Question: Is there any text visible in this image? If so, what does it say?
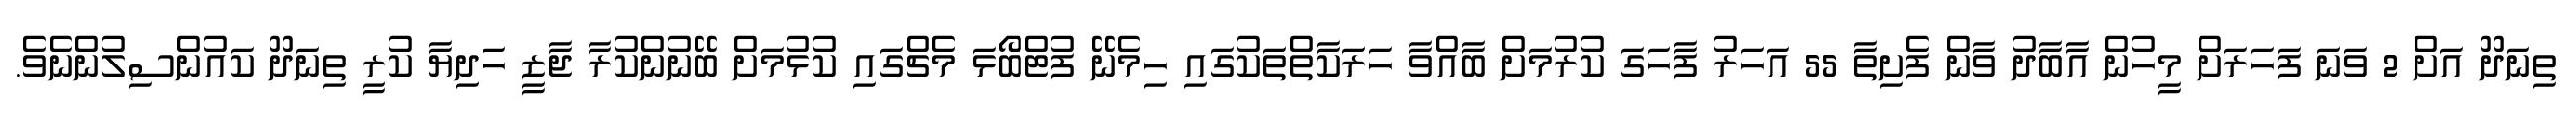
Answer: ތިނަދޫ އަށް 2 ވަނަ ފަހަރަށް މީހުން އާބާދު ވާން ފެށިތާ 55 އަހަރު ފާހަގަ ކުރުމަށް ބާއްވާ ހަރަކާތްތަކުގައި ހިމެނޭ ފުޓްބޯޅަ މެޗްގައި ކުޅުމަށް ބޭނުންކުރާ ޖާޒީ ހަދިޔާ ކުރީ ތިނަދޫ ކައުންސިލުންނެވެ.